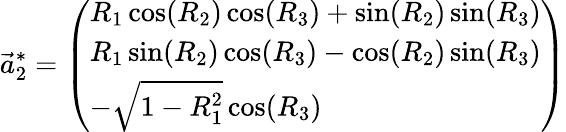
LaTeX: \vec{a}_{2}^{*}=\left(\begin{array}{l}{R_{1}\cos(R_{2})\cos(R_{3})+\sin(R_{2})\sin(R_{3})}\\ {R_{1}\sin(R_{2})\cos(R_{3})-\cos(R_{2})\sin(R_{3})}\\ {-\sqrt{1-R_{1}^{2}}\cos(R_{3})}\end{array}\right)